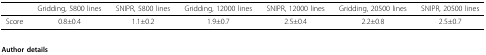
<table><thead><tr><td></td><td><b>Gridding, 5800 lines</b></td><td><b>SNIPR, 5800 lines</b></td><td><b>Gridding, 12000 lines</b></td><td><b>SNIPR, 12000 lines</b></td><td><b>Gridding, 20500 lines</b></td><td><b>SNIPR, 20500 lines</b></td></tr></thead><tbody><tr><td>Score</td><td>0.8±0.4</td><td>1.1±0.2</td><td>1.9±0.7</td><td>2.5±0.4</td><td>2.2±0.8</td><td>2.5±0.7</td></tr></tbody></table>